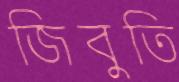
জিবুতি